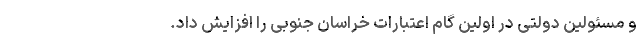
و مسئولین دولتی در اولین گام اعتبارات خراسان جنوبی را افزایش داد‌.